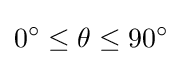
0^{\circ }\leq \theta \leq 90^{\circ }